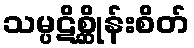
သမ္ပဋိစ္ဆိုန်းစိတ်